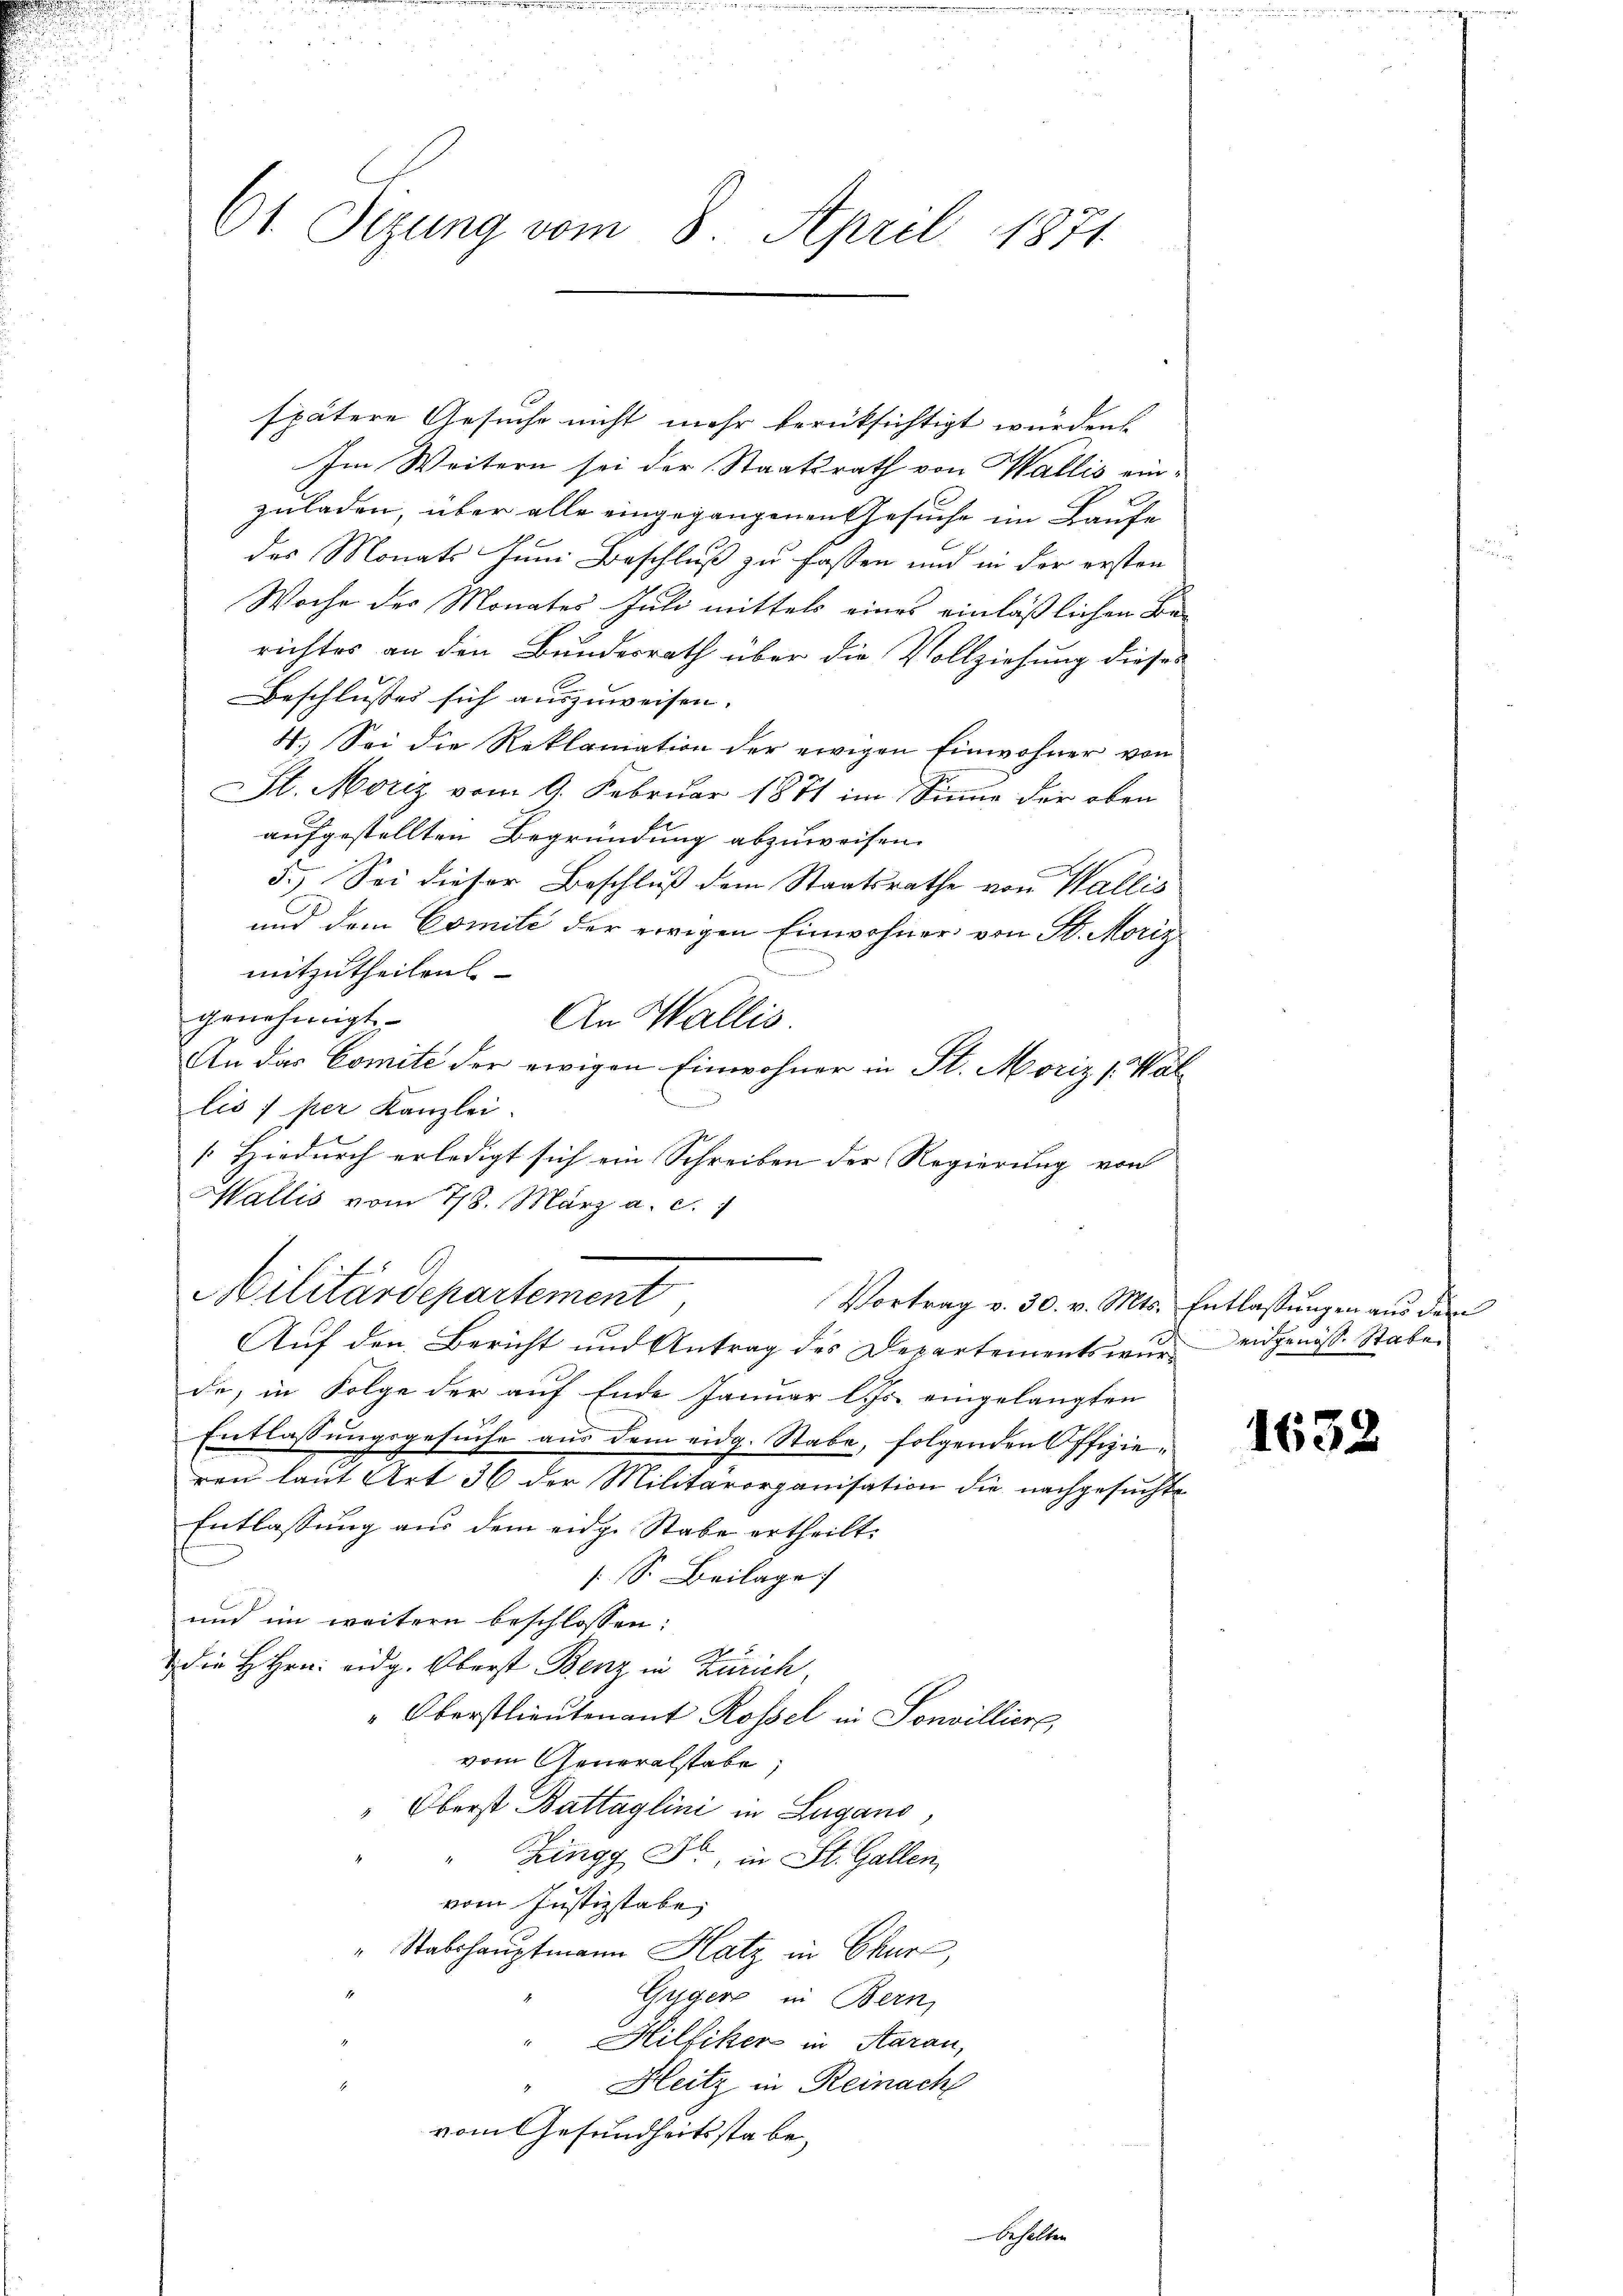
61. Sizung vom 8. April 1871

spätere Gesuche nicht mehr berüksichtigt wurden
Im Weitern sei der Staatsrath von Wallis einzuladen, über alle eingegangenen Gesuche im Laufe
des Monats Juni Beschluß zu fassen und in der ersten
Woche des Monates Juli mittels eines einläßlichen Berichtes an den Bundesrath über die Vollziehung dieses
Beschlusses sich auszuweisen.
4. Sei die Reklamation der ewigen Einwohner von
St. Moriz vom 9. Februar 1871 im Sinne der oben
aufgestellten Begründung abzuweisen.
5.) Sei dieser Beschluß dem Staatsrathe von Wallis
und dem Comite der ewigen Einwohner von St. Moriz
mitzutheilen
genehmigt.
An Wallis.
An das Comite der ewigen Einwohner in St. Moriz [Wallis 1 per Kanzlei.
[Hiedurch erledigt sich ein Schreiben der Regierung von
allis vom 778. März a. c.
f
Cilitärdepartement,
Vortrag v. 30. v. Mts. Entlassungen aus dem
Auf den Bericht und Antrag des Departementswur eidgenöss. Staben
de, in Folge der auf Ende Januar l. Js. eingelangten
Entlassungsgesuche aus dem eidg. Stabe, folgenden Offizieren laut Art 36 der Militärorganisation die nachgesuchte
Entlassung aus dem eidg. Stabe ertheilt.
[S. Beilage
und im weitern beschlossen:
die H. Hrn. Eidg. Oberst Benz in Zürich,
"Oberstlieutenant Rossel in Sonvilliere,
vom Generalstabe;
Oberst Battaglini in Lugano,
" Zingg Fr., in St. Gallen,
vom Justizstabe
" Stabshauptmann Hatz in Chur,
Gyger in Bern,
Hilfiker in Aarau,
Heitz in Reinach
vom Gesundheitsstabe,

behalten

163.